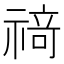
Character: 𰨌